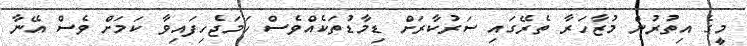
މީގެ އިތުރުން މުޒާހަރާ ތެރޭގައި ސަރުކާރަށް ޑިމާޑުތަކެއްވެސް ހަމަޖެހިފައިވާ ކަމަށް ވެސް އޭނާ